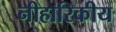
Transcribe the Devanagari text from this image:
नीहारिकीय